Scientific memoirs by medical officers of the Army of India - Part VI,
Year: 1891
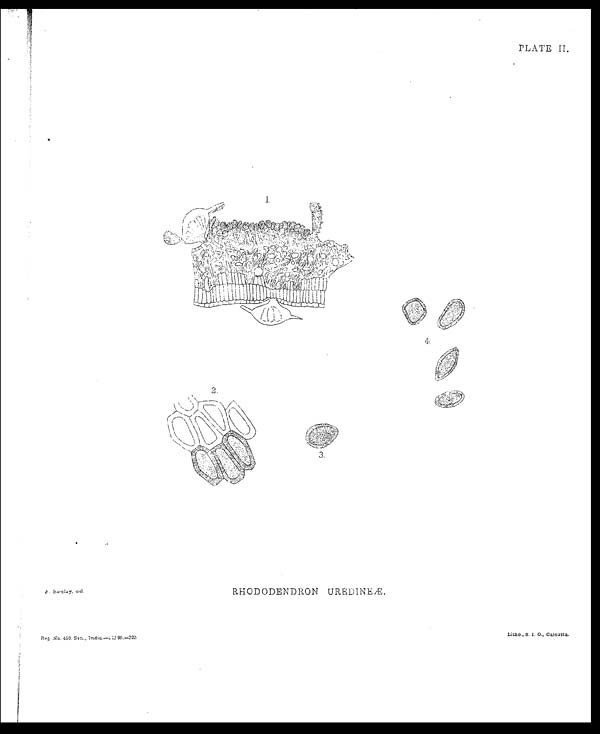
PLATE II.